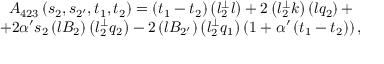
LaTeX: \begin{array} { c } { { A _ { 4 2 3 } \left( s _ { 2 } , s _ { 2 ^ { \prime } } , t _ { 1 } , t _ { 2 } \right) = \left( t _ { 1 } - t _ { 2 } \right) \left( l _ { 2 } ^ { \bot } l \right) + 2 \left( l _ { 2 } ^ { \bot } k \right) \left( l q _ { 2 } \right) + } } \\ { { + 2 \alpha ^ { \prime } s _ { 2 } \left( l B _ { 2 } \right) \left( l _ { 2 } ^ { \bot } q _ { 2 } \right) - 2 \left( l B _ { 2 ^ { \prime } } \right) \left( l _ { 2 } ^ { \bot } q _ { 1 } \right) \left( 1 + \alpha ^ { \prime } \left( t _ { 1 } - t _ { 2 } \right) \right) , } } \end{array}